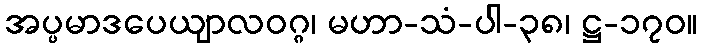
အပ္ပမာဒပေယျာလဝဂ္ဂ၊ မဟာ-သံ-ပါ-၃၈၊ ဋ္ဌ-၁၇၀။